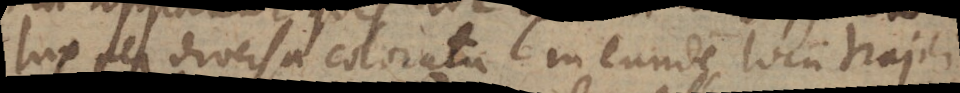
lux per diversa colorata in eundem locum trajici